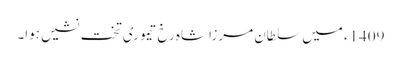
1409ء میں سلطان مرزا شاہ رخ تیموری تخت نشیں ہوا۔